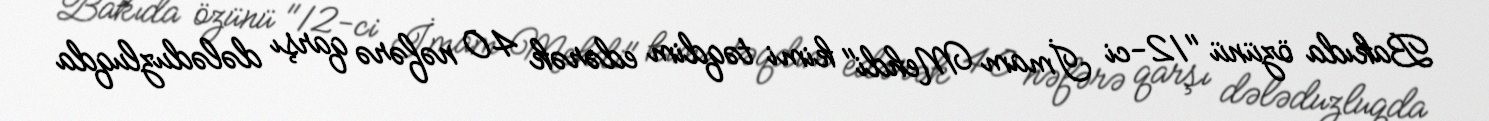
Bakıda özünü "12-ci İmam Mehdi" kimi təqdim edərək 40 nəfərə qarşı dələduzluqda